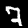
Digit: 7